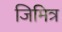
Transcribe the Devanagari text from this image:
जिमित्र